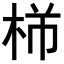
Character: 𪲍